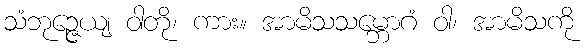
သံဘုဉ္ဇေယျ ဝါတို၊ ကား။ အာမိသသမ္ဘောဂံ ဝါ၊ အာမိသကို